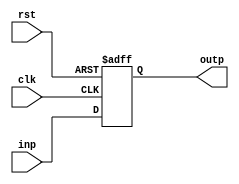
module Register3(
	clk,
	rst,
	inp,
	outp
);

	input clk;
	input rst;
	input [2:0] inp;
	output reg [2:0] outp;

	always @(posedge clk, posedge rst) begin
		if (rst) 
			outp <= 0;
			else 
			outp <= inp;
	end

endmodule